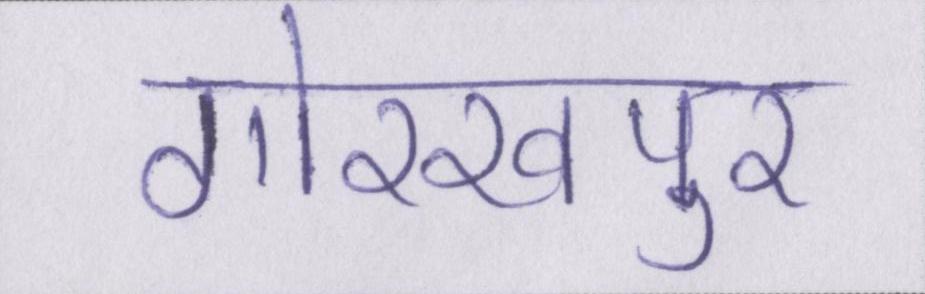
गोरखपुर